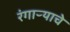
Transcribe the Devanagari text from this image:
रंगाऱ्याचे